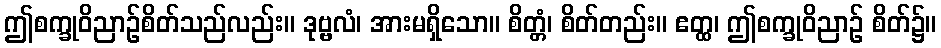
ဤစက္ခုဝိညာဉ်စိတ်သည်လည်း။ ဒုဗ္ဗလံ၊ အားမရှိသော။ စိတ္တံ၊ စိတ်တည်း။ ဧတ္ထ၊ ဤစက္ခုဝိညာဉ် စိတ်၌။